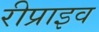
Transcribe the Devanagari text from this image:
रीप्राइव